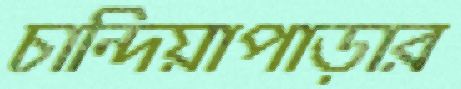
চান্দিয়াপাড়ার